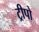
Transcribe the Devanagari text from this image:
ट्रीपो